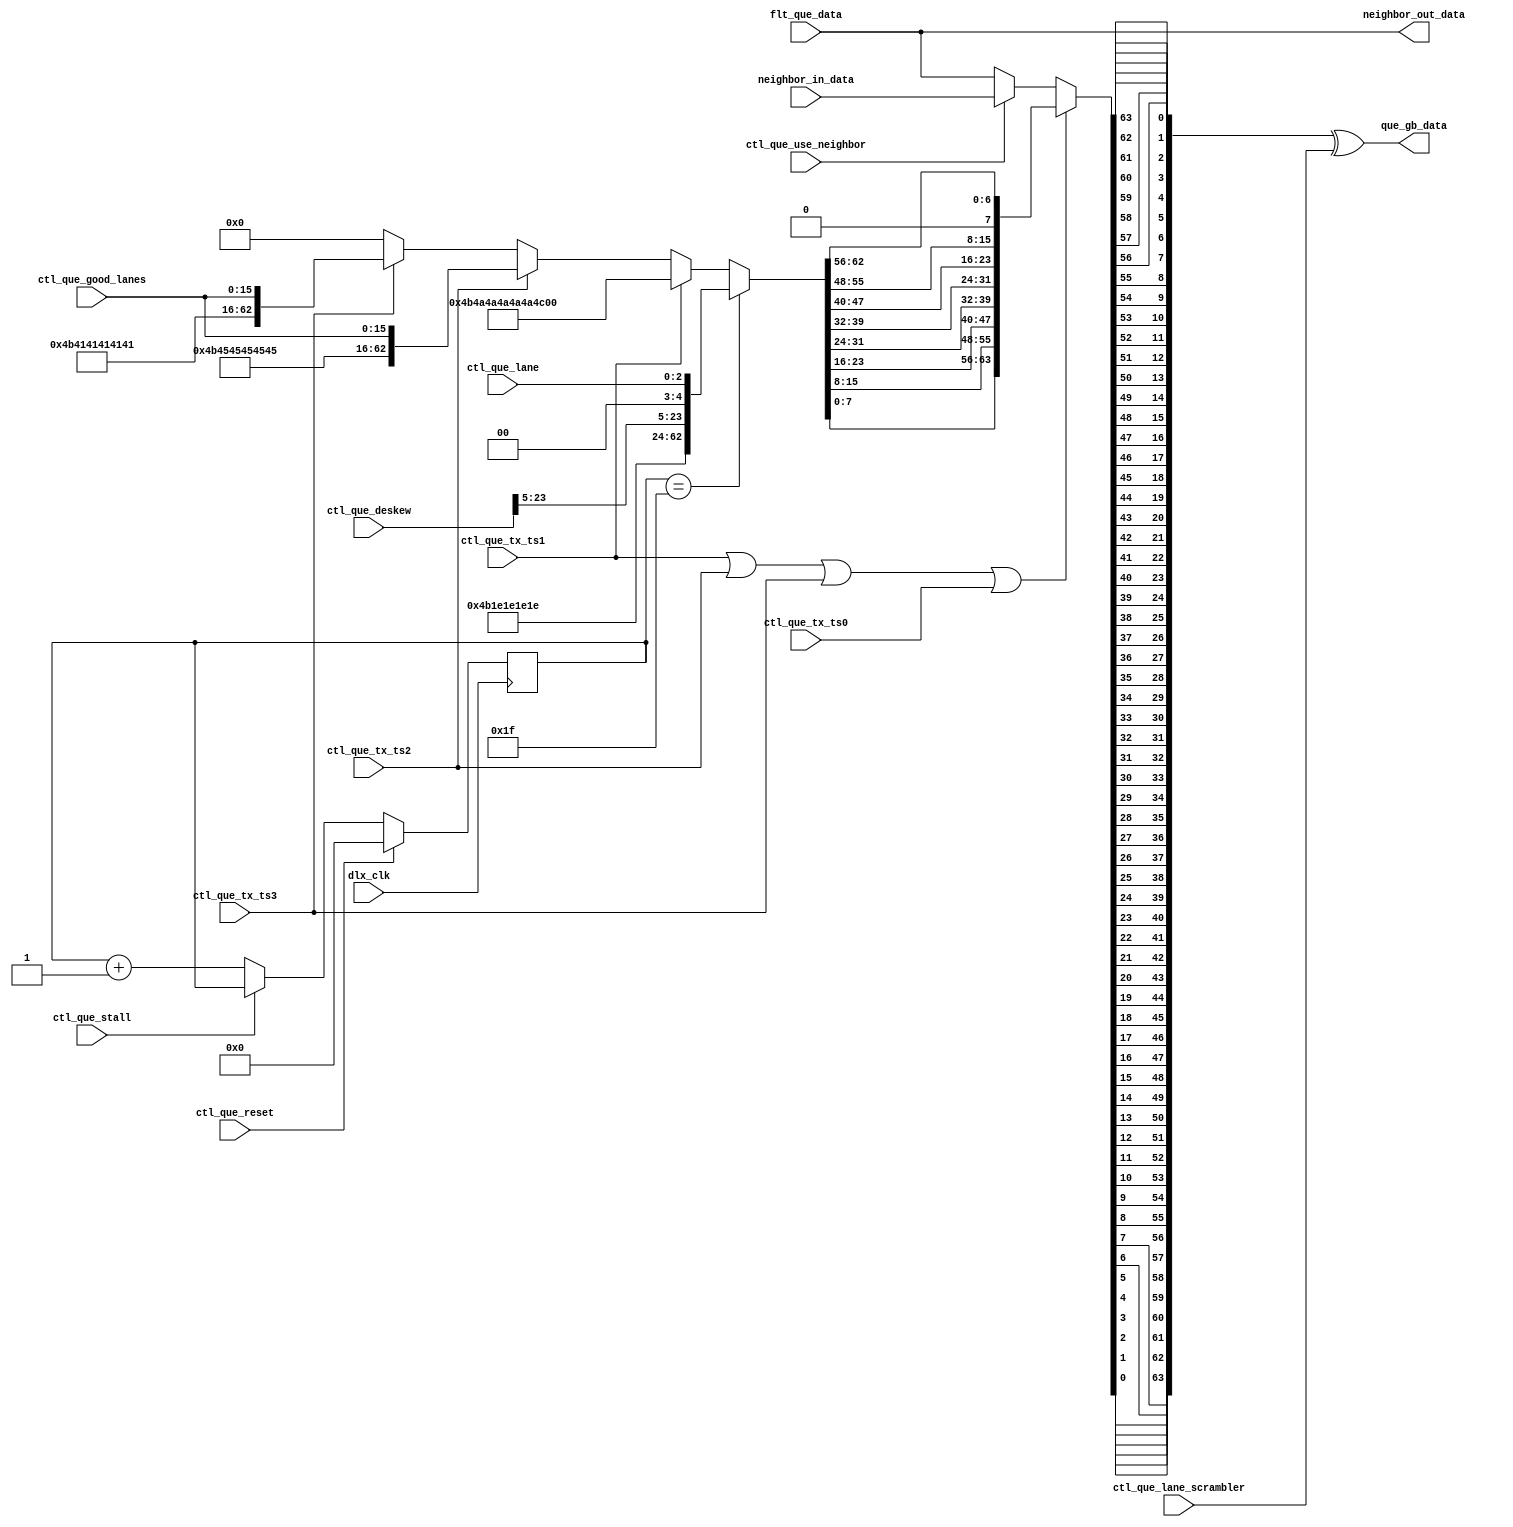
module ocx_dlx_tx_que (
    
     ctl_que_lane                         // -- <  input  [2:0]

    ,ctl_que_reset                        // -- <  input        // ---- run and valid need to be set to get clock gating to work when reset is active.
    ,ctl_que_stall                        // -- <  input        // ---- run and valid need to be set to get clock gating to work when reset is active.

    ,flt_que_data                        // -- <  input  [63:0]

    ,ctl_que_use_neighbor                 // -- <  input    
    ,neighbor_in_data                     // -- <  input  [63:0]
    ,neighbor_out_data                    // -- >  output [63:0]
 
    // ---- training signals
    ,ctl_que_tx_ts0                       // -- <  input     // ---- control header with all zero data.  
    ,ctl_que_tx_ts1                       // -- <  input    
    ,ctl_que_tx_ts2                       // -- <  input   
    ,ctl_que_tx_ts3                       // -- <  input   
    ,ctl_que_good_lanes                   // -- <  input  [15:0]
    ,ctl_que_deskew                       // -- <  input  [23:0]    
    ,ctl_que_lane_scrambler               // -- <  input  [63:0]

    ,que_gb_data                          // -- >  output [63:0]

  //--   ,gnd                                  // -- <> inout
  //--   ,vdn                                  // -- <> inout
    ,dlx_clk                             // -- <  input  
    );

    input  [2:0]  ctl_que_lane;

    input         ctl_que_reset;
    input         ctl_que_stall;

    input  [63:0] flt_que_data;

    output [63:0] que_gb_data;

    input         ctl_que_use_neighbor;
    input  [63:0] neighbor_in_data;
    output [63:0] neighbor_out_data;

    // ---- traing signals
    input         ctl_que_tx_ts0;
    input         ctl_que_tx_ts1;
    input         ctl_que_tx_ts2;
    input         ctl_que_tx_ts3;
    input [15:0]  ctl_que_good_lanes;   
    input [23:0]  ctl_que_deskew;
    input [63:0]  ctl_que_lane_scrambler;

    input dlx_clk;
//--     inout gnd;

//--     (* GROUND_PIN="1" *)
//--     wire gnd;

//--     inout vdn;
//--     (* POWER_PIN="1" *)
//--     wire vdn;

function [7:0] reverse8 (input [7:0] forward);
  integer i;
  for (i=0; i<=7; i=i+1)
    reverse8[7-i] = forward[i];
endfunction
// -- begin logic here
    wire [63:0]  dl_train_pattern;
    wire [63:0]  dl_train_pattern_rev;
    wire [63:0]  next_data;
    wire [4:0]   ts_count_din;
    reg  [4:0]   ts_count_q;
    wire         dl_training;
    wire         tp_deskew;  // -- training pattern of deskew

    assign ts_count_din[4:0]      = ctl_que_reset ? 5'b00000            :    //-- reset training count to zero when the link is reset
                                    ctl_que_stall ? ts_count_q[4:0]     :    //-- stall counter when gearbox needs to catch up
                                                    ts_count_q[4:0] + 5'b00001 ; 

    assign tp_deskew              = ts_count_q[4:0] == 5'b11111;   //-- send deskew pattern every 32 training set patterns

    assign dl_train_pattern[63:0] = tp_deskew        ? {40'h4B1E1E1E1E, ctl_que_deskew[23:5], 2'b00, ctl_que_lane[2:0]} :    // -- deskew pattern
                                    ctl_que_tx_ts1   ?  64'h4B4A4A4A4A4A4A4A                                           :    // -- TS1 pattern
                                    ctl_que_tx_ts2   ? {48'h4B4545454545, ctl_que_good_lanes[15:0]}                    :    // -- TS2 pattern
                                    ctl_que_tx_ts3   ? {48'h4B4141414141, ctl_que_good_lanes[15:0]}                    :    // -- TS3 pattern
                                                       64'h0000000000000000                                            ;

    assign dl_train_pattern_rev[63:0] = {dl_train_pattern[7:0]  ,dl_train_pattern[15:8] ,dl_train_pattern[23:16],dl_train_pattern[31:24],
                                         dl_train_pattern[39:32],dl_train_pattern[47:40],dl_train_pattern[55:48],dl_train_pattern[63:56]};

    assign next_data[63:0]        = dl_training            ?  dl_train_pattern_rev[63:0]   :      //-- training patterns
                                    ctl_que_use_neighbor   ?  neighbor_in_data[63:0]       :      //-- x4 degradation mode  -- steal from neighbors location
                                                              flt_que_data[63:0];

    assign dl_training            = ctl_que_tx_ts1 | ctl_que_tx_ts2 | ctl_que_tx_ts3 | ctl_que_tx_ts0;

    assign neighbor_out_data[63:0]  = flt_que_data[63:0];

    assign que_gb_data[63:0]      = {reverse8(next_data[ 7: 0]),
                                       reverse8(next_data[15: 8]),
                                       reverse8(next_data[23:16]),
                                       reverse8(next_data[31:24]),
                                       reverse8(next_data[39:32]),
                                       reverse8(next_data[47:40]),
                                       reverse8(next_data[55:48]),
                                       reverse8(next_data[63:56])} ^ ctl_que_lane_scrambler[63:0]; //-- reverse each byte and then scramble


always @(posedge (dlx_clk)) begin
   ts_count_q[4:0]    <= ts_count_din[4:0];
end

endmodule